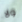
ولا